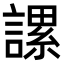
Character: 𧫖